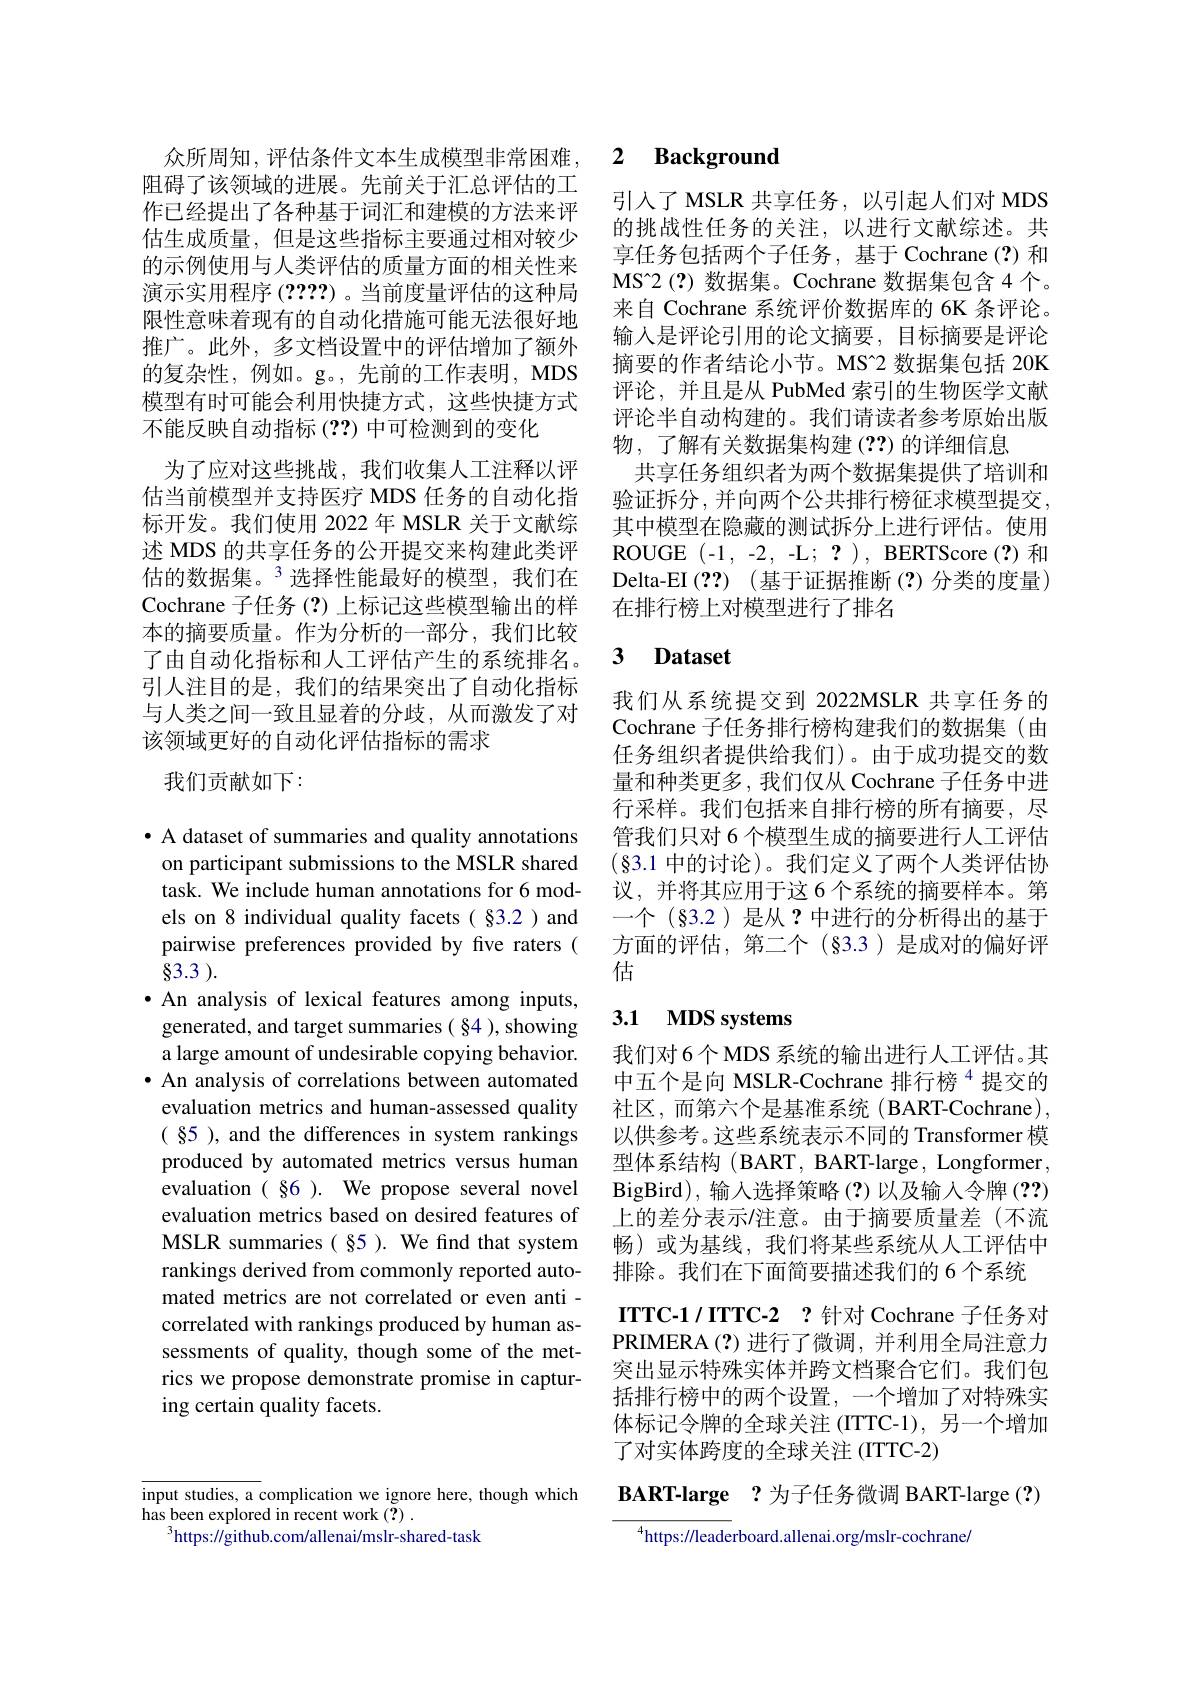
阻碍了该领域的进展。先前关于汇总评估的工作已经提出了各种基于词汇和建模的方法来评估生成质量，但是这些指标主要通过相对较少的示例使用与人类评估的质量方面的相关性来演示实用程序(????)。当前度量评估的这种局限性意味着现有的自动化措施可能无法很好地推广。此外，多文档设置中的评估增加了额外的复杂性，例如。g。,先前的工作表明，MDS 模型有时可能会利用快捷方式，这些快捷方式不能反映自动指标(??) 中可检测到的变化
为了应对这些挑战，我们收集人工注释以评估当前模型并支持医疗 MDS 任务的自动化指标开发。我们使用 2022年 MSLR 关于文献综述 MDS 的共享任务的公开提交来构建此类评估的数据集。$^{3}$选择性能最好的模型，我们在Cochrane 子任务(?)上标记这些模型输出的样本的摘要质量。作为分析的一部分，我们比较了由自动化指标和人工评估产生的系统排名。引人注目的是，我们的结果突出了自动化指标与人类之间一致且显着的分歧，从而激发了对该领域更好的自动化评估指标的需求
我们贡献如下：

· A dataset of summaries and quality annotations on participant submissions to the MSLR shared task. We include human annotations for 6 models on 8 individual quality facets(§3.2)and pairwise preferences provided by five raters ( 83.3 ).
·An analysis of lexical features among inputs,
generated, and target summaries ( §4 ), showing a large amount of undesirable copying behavior. · An analysis of correlations between automated evaluation metrics and human-assessed quality ( 85 ), and the differences in system rankings produced by automated metrics versus human evaluation ( §6 ). We propose several novel evaluation metrics based on desired features of MSLR summaries( §5 ). We find that system rankings derived from commonly reported automated metrics are not correlated or even anti - correlated with rankings produced by human assessments of quality, though some of the metrics we propose demonstrate promise in capturing certain quality facets.

## 众所周知，评估条件文本生成模型非常困难，2 Background

引入了 MSLR 共享任务，以引起人们对 MDS 的挑战性任务的关注，以进行文献综述。共享任务包括两个子任务，基于 Cochrane(?)和MS[INDEX]2(?)数据集。Cochrane 数据集包含 4 个。来自 Cochrane 系统评价数据库的 6K 条评论。输入是评论引用的论文摘要，目标摘要是评论摘要的作者结论小节。MS[INDEX]2 数据集包括 20K 评论，并且是从 PubMed 索引的生物医学文献评论半自动构建的。我们请读者参考原始出版物，了解有关数据集构建(??)的详细信息
共享任务组织者为两个数据集提供了培训和验证拆分，并向两个公共排行榜征求模型提交， 其中模型在隐藏的测试拆分上进行评估。使用ROUGE (-1,-2,-L;?), BERTScore(?)和${\mathrm{Delta- EI~}( ? ? ) }$ (基于证据推断(?)分类的度量) 在排行榜上对模型进行了排名

# 3 Dataset

我们从系统提交到 2022MSLR 共享任务的Cochrane 子任务排行榜构建我们的数据集(由任务组织者提供给我们)。由于成功提交的数量和种类更多，我们仅从 Cochrane 子任务中进行采样。我们包括来自排行榜的所有摘要，尽管我们只对 6 个模型生成的摘要进行人工评估$(\S3.1$中的讨论)。我们定义了两个人类评估协议，并将其应用于这 6 个系统的摘要样本。第一个(§3.2)是从？中进行的分析得出的基于方面的评估，第二个(§3.3)是成对的偏好评估

## 3.1 MDS systems

我们对 6个 MDS 系统的输出进行人工评估。其中五个是向 MSLR-Cochrane 排行榜$^{4}$提交的社区，而第六个是基准系统(BART-Cochrane), 以供参考。这些系统表示不同的 Transformer 模型体系结构(BART, BART-large, Longformer, BigBird),输入选择策略(?)以及输入令牌 (??) 上的差分表示/注意。由于摘要质量差(不流畅)或为基线，我们将某些系统从人工评估中排除。我们在下面简要描述我们的 6 个系统
ITTC-1/ITTC-2 ?针对 Cochrane 子任务对PRIMERA(?)进行了微调，并利用全局注意力突出显示特殊实体并跨文档聚合它们。我们包括排行榜中的两个设置，一个增加了对特殊实体标记令牌的全球关注(ITTC-1),另一个增加了对实体跨度的全球关注 (ITTC-2)

BART-large ?为子任务微调 BART-large (?)

$^{4}$https://leaderboard.allenai.org/mslr-cochrane/

input studies, a complication we ignore here, though which
has been explored in recent work (?) .
$^{3}$https://github.com/allenai/mslr-shared-task